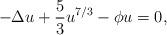
LaTeX: \begin{align*}- \Delta u + \frac{5}{3} u^{7/3} - \phi u = 0,\end{align*}